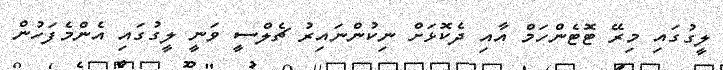
ލީގުގައި މިރޭ ޓޮޓެންހަމް އާއި ދެކޮޅަށް ނިކުންނައިރު ޗެލްސީ ވަނީ ލީގުގައި އެންމެފަހުން